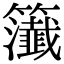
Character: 𥷰